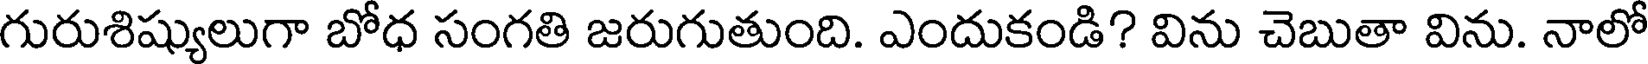
గురుశిష్యులుగా బోధ సంగతి జరుగుతుంది. ఎందుకండి? విను చెబుతా విను. నాలో